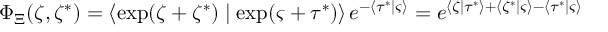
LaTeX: \Phi _ { \Xi } ( \zeta , \zeta ^ { * } ) = \left\langle \exp ( \zeta + \zeta ^ { * } ) \mid \exp ( \varsigma + \tau ^ { * } ) \right\rangle e ^ { - \left\langle \tau ^ { * } \mid \varsigma \right\rangle } = e ^ { \left\langle \zeta \mid \tau ^ { * } \right\rangle + \left\langle \zeta ^ { * } \mid \varsigma \right\rangle - \left\langle \tau ^ { * } \mid \varsigma \right\rangle }